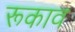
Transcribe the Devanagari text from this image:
रूकाव